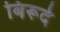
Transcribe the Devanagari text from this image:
बिरूदे